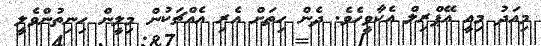
މިއަދު މިއީ އޭޕްރިލް އެކާވީހެވެ. ދެން ހިތަށް އެރި އެއްޗަކުން މިލީން ހިނިތުންވެލީ